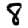
Digit: 8